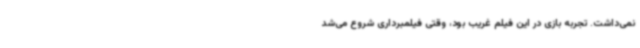
نمی‌داشت. تجربه بازی در این فیلم غریب بود، وقتی فیلمبرداری شروع می‌شد